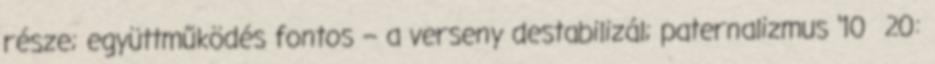
része; együttműködés fontos – a verseny destabilizál; paternalizmus ‘10 20: